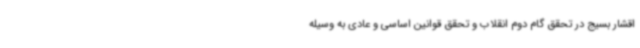
اقشار بسیج در تحقق گام دوم انقلاب و تحقق قوانین اساسی و عادی به وسیله